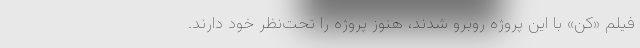
فیلم «کن» با این پروژه روبرو شدند، هنوز پروژه را تحت‌نظر خود دارند.